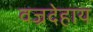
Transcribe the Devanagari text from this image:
वज्रदेहाय